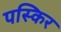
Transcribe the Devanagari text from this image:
पस्किर